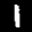
Label: 1